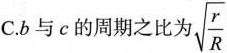
C.b与c的周期之比为\sqrt{\frac{r}{R}}